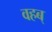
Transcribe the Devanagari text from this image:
वहब्